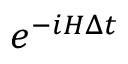
e ^ { - i H \Delta t }